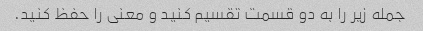
جمله زیر را به دو قسمت تقسیم کنید و معنی را حفظ کنید.